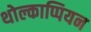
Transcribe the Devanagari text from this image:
थोल्काप्पियन